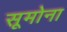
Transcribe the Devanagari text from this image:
सूमोना